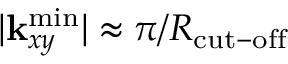
| { \bf k } _ { x y } ^ { \mathrm { m i n } } | \approx \pi / R _ { \mathrm { c u t - o f f } }